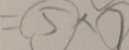
= \textcircled { 5 } \times \textcircled { 7 }